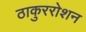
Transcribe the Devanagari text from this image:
ठाकुररोशन